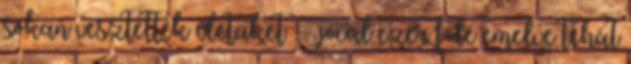
sokan vesztették életüket -- jóval ezer fölé emelve tehát